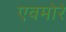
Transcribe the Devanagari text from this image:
एवमोरे